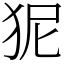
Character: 狔